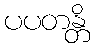
ပပတန္တိ